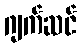
ဂျက်ဆင်